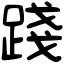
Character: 踐